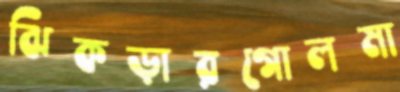
ঝিকড়ারগোলমা